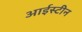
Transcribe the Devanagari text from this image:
आईस्टीन